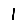
Digit: 1